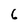
Character: 6